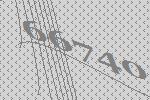
66740